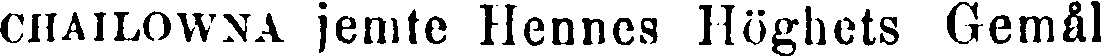
CHAILOWNA jemte Hennes Höghets Gemål